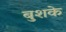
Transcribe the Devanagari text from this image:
बुशके